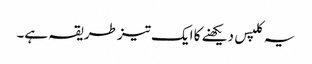
یہ کلپس دیکھنے کا ایک تیز طریقہ ہے۔